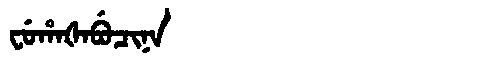
Manchu: ᠸᡠᡥᠠᡧᠠᠪᡠᠴᡳᠨᠠ
Romanization: FUHAŠABUCINA